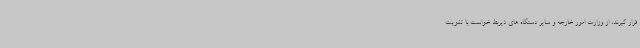
قرار گیرند، از وزارت امور خارجه و سایر دستگاه های ذیربط خواست با تقویت